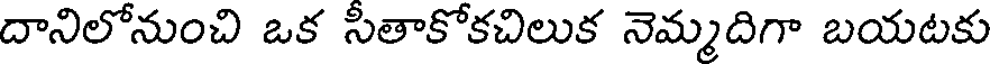
దానిలోనుంచి ఒక సితాకోకచిలుక నెమ్మదిగా బయటకు